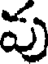
పు